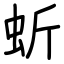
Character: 蚚